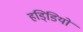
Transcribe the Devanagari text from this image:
हडि्डियों